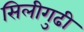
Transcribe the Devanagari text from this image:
सिलीगुढी